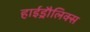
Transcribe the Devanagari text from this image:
हाईड्रौलिक्स